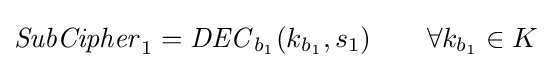
{\mathit {SubCipher}}_{1}={\mathit {DEC}}_{b_{1}}(k_{b_{1}},s_{1})\qquad \forall k_{b_{1}}\in K